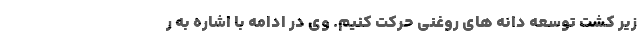
زیر کشت توسعه دانه های روغنی حرکت کنیم. وی در ادامه با اشاره به ر